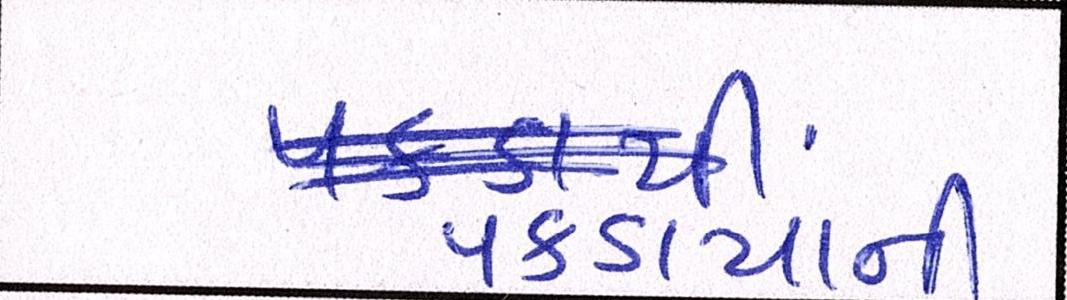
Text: પકડાયાની